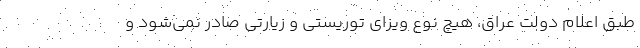
طبق اعلام دولت عراق، هیچ نوع ویزای توریستی و زیارتی صادر نمی‌شود و